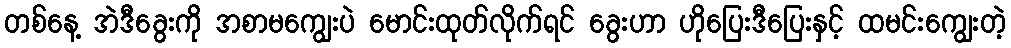
တစ်နေ့ အဲဒီခွေးကို အစာမကျွေးပဲ မောင်းထုတ်လိုက်ရင် ခွေးဟာ ဟိုပြေးဒီပြေးနှင့် ထမင်းကျွေးတဲ့